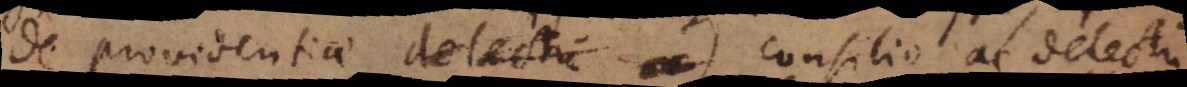
de providentiae consilio ac delectu